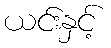
ယင်းနှင့်